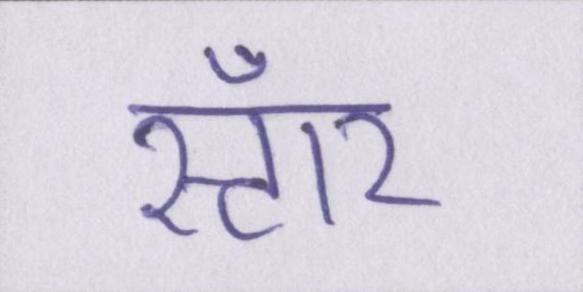
स्टॉर